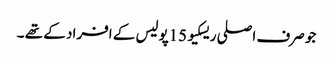
جو صرف اصلی ریسکیو 15پولیس کے افراد کے تھے ۔